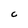
Character: C